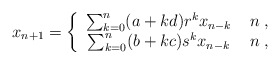
\begin{align*}x_{n+1} = \left\{\begin{array}{cc}\sum_{k=0}^n(a+kd)r^kx_{n-k}&\; n\;,\\\sum_{k=0}^n(b+kc)s^kx_{n-k}&\; n\;,\\\end{array}\right.\end{align*}